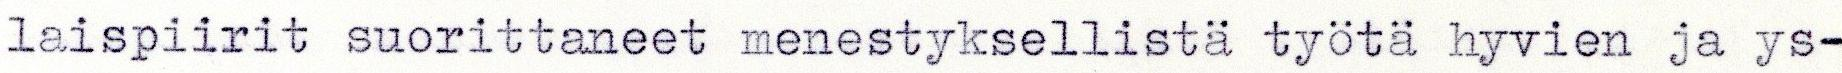
laispiirit suorittaneet menestyksellistä työtä hyvien ja ys-